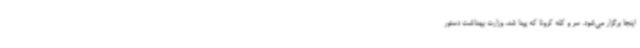
اینجا برگزار می‌شود. سر و کله کرونا که پیدا شد، وزارت بهداشت دستور